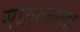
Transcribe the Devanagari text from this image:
साठवलेला